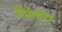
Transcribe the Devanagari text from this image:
प्रोकैरिओटिक